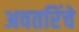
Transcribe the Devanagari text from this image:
अवतरिंचे